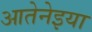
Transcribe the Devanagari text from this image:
आतेनेइया